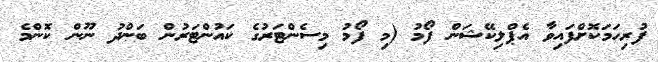
ފުރިހަމަކޮށްފައިވާ އެޕްލިކޭޝަން ފޯމު (މި ފޯމު މިސެންޓަރުގެ ކައުންޓަރުން ބަންދު ނޫން ކޮންމެ